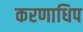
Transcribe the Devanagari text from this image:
करणाधिप